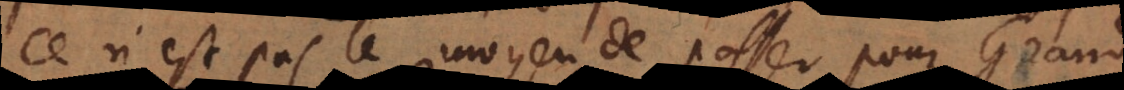
Ce n’est pas le moyen de passer pour Grand